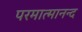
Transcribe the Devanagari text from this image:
परमात्मानन्द